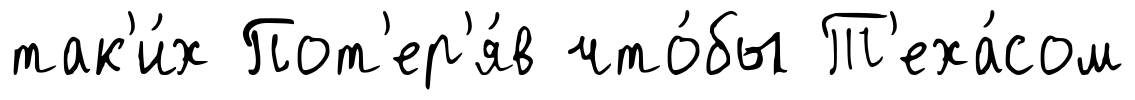
так'и́х Пот'ер'я́в что́бы Т'еха́сом